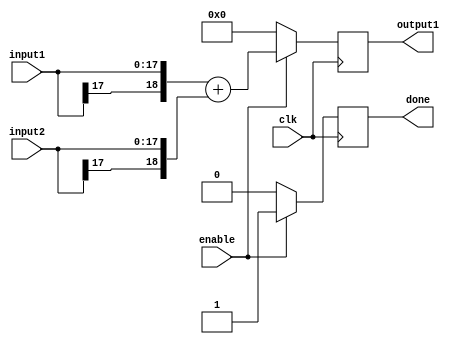
`timescale 1ns / 1ps

module adderStage3_2(
    	input [17:0] input1,
    	input [17:0] input2,
    	output reg [18:0] output1,
	input enable,
    	input clk,
	output reg done
    );
	
	always @ (posedge clk) begin
		if(enable) begin
			output1 <= {input1[17], input1} + {input2[17], input2};
			done <= 1'b1;
		end
		else begin
			output1 <= 0;
			done <= 1'b0;
		end
	end
	
endmodule